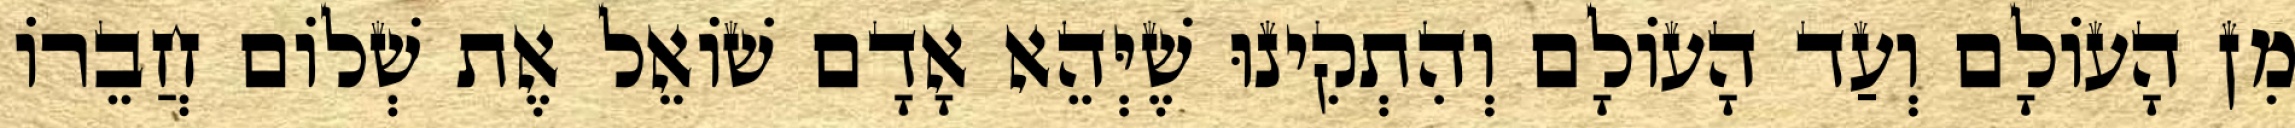
מִן הָעוֹלָם וְעַד הָעוֹלָם וְהִתְקִינוּ שֶׁיְּהֵא אָדָם שׁוֹאֵל אֶת שְׁלוֹם חֲבֵרוֹ